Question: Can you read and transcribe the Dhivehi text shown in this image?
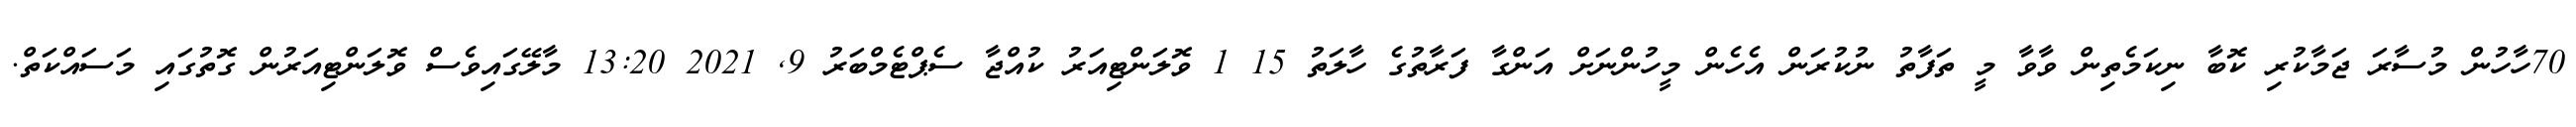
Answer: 70ހާހުން މުސާރަ ޖަމާކުރި ކޮބާ ނިކަމެތިން ވާވާ މީ ތަފާތު ނުކުރަން އެހެން މީހުންނަށް އަންގާ ފަރާތުގެ ހާލަތު 15 1 ވޮލަންޓިއަރު ކުއްޖާ ސެޕްޓެމްބަރު 9, 2021 13:20 މާލޭގައިވެސް ވޮލަންޓިއަރުން ގޮތުގައި މަސައްކަތް.